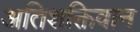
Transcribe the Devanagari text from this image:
अतिशक्तिवान